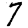
Digit: 7